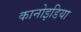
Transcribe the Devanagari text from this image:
कानोइडिया